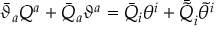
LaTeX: \bar { \vartheta } _ { a } { \cal Q } ^ { a } + \bar { { \cal Q } } _ { a } \vartheta ^ { a } = \bar { Q } _ { i } \theta ^ { i } + \bar { \tilde { Q } } _ { i } \tilde { \theta } ^ { i }